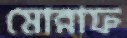
মোন্নাফ